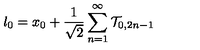
l _ { 0 } = x _ { 0 } + \frac { 1 } { \sqrt { 2 } } \sum _ { n = 1 } ^ { \infty } \mathcal { T } _ { 0 , 2 n - 1 }